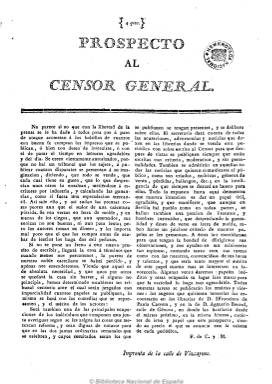
Título: El Censor general (Sevilla)
Colección: Periódicos anteriores a 1850
Ámbito geográfico: Sevilla
Lugar de publicación: Sevilla
Fechas: 09/11/1812-24/11/1812

A partir de 1812 la prensa andaluza en general, sobre todo en Cádiz, Sevilla y Granada, fue muy prolífica.

Reconquistada Sevilla el 27 de agosto  por las tropas del General Mourgeón y proclamada la Constitución, la prensa hispalense resurgió con gran empuje, pero no era el patriotismo el que inspiraba a sus escritos, sino la política, declarándose así  liberales y absolutistas una encarnecida guerra.

Si bien los periódicos antirreformistas fueron  inferiores en número y calidad a los liberales, sin embargo combatieron con todas las armas a su alcance en lo que consideraban la defensa del “Altar y del Trono”, expresión acuñada como fórmula entre sus páginas.

El semanario El Censor General  constituye un ejemplo de este tipo, publicándose por primera vez precedido de prospecto el 10 de noviembre de 1812 en Sevilla en la Imprenta de la calle Vizcaynos. La filosofía que se refleja en el prospecto es muy parecida a la de su homónimo publicado en Cádiz en 1811, es decir, la de constituirse en un “papel censorio ante el cual serán juzgados con imparcialidad cuantos papeles se publiquen, lo mismo se hará con las comedias que se representen, y el mérito de los actores”. La firma que aparece en cada número es  la de F. de C. y M.